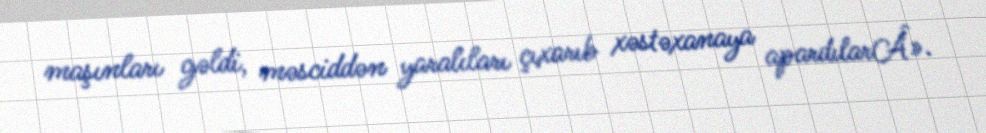
maşınları gəldi, məsciddən yaralıları çıxarıb xəstəxanaya apardılarÂ».